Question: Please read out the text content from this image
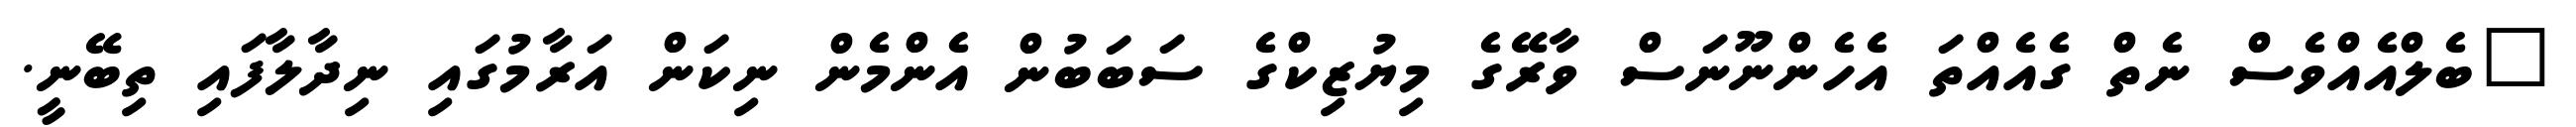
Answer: "ބެލްއެއްވެސް ނެތް ގެއެއްތަ އެހެންނޫނަސް ވާރޭގެ މިޔުޒިކްގެ ސަބަބުން އެންމެން ނިކަން އަރާމުގައި ނިދާލާފައި ތިބޭނީ.